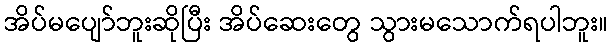
အိပ်မပျော်ဘူးဆိုပြီး အိပ်ဆေးတွေ သွားမသောက်ရပါဘူး။